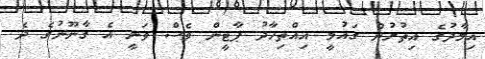
އިމާދުގެ އިތުރުން ގައުމީ އިއްތިހާދު ޕާޓީން ވެސް ވަނީ އެ ގާނޫނުގެ ދެ